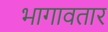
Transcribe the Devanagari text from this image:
भागावतार